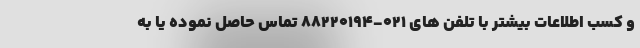
و کسب اطلاعات بیشتر با تلفن های 021-88220194 تماس حاصل نموده یا به